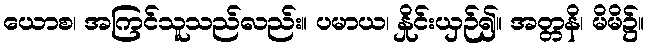
ယောစ၊ အကြင်သူသည်လည်း။ ပမာယ၊ နှိုင်းယှဉ်၍။ အတ္တနိ၊ မိမိ၌။